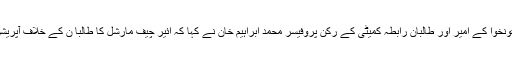
2014ء)جماعت اسلامی خیبر پختونخوا کے امیر اور طالبان رابطہ کمیٹی کے رکن پروفیسر محمد ابراہیم خان نے کہا کہ ائیر چیف مارشل کا طالبا ن کے خلاف آپریشن کا اعلان انتہائی افسوسناک ہے ۔